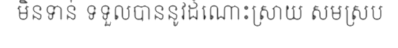
មិនទាន់ ទទួលបាននូវដំណោះស្រាយ សមស្រប